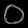
Digit: ၀